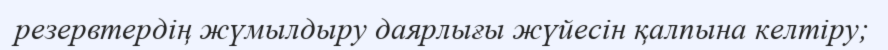
резервтердің жүмылдыру даярлығы жүйесін қалпына келтіру;